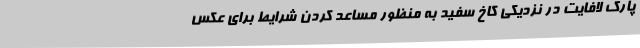
پارک لافایت در نزدیکی کاخ سفید به منظور مساعد کردن شرایط برای عکس